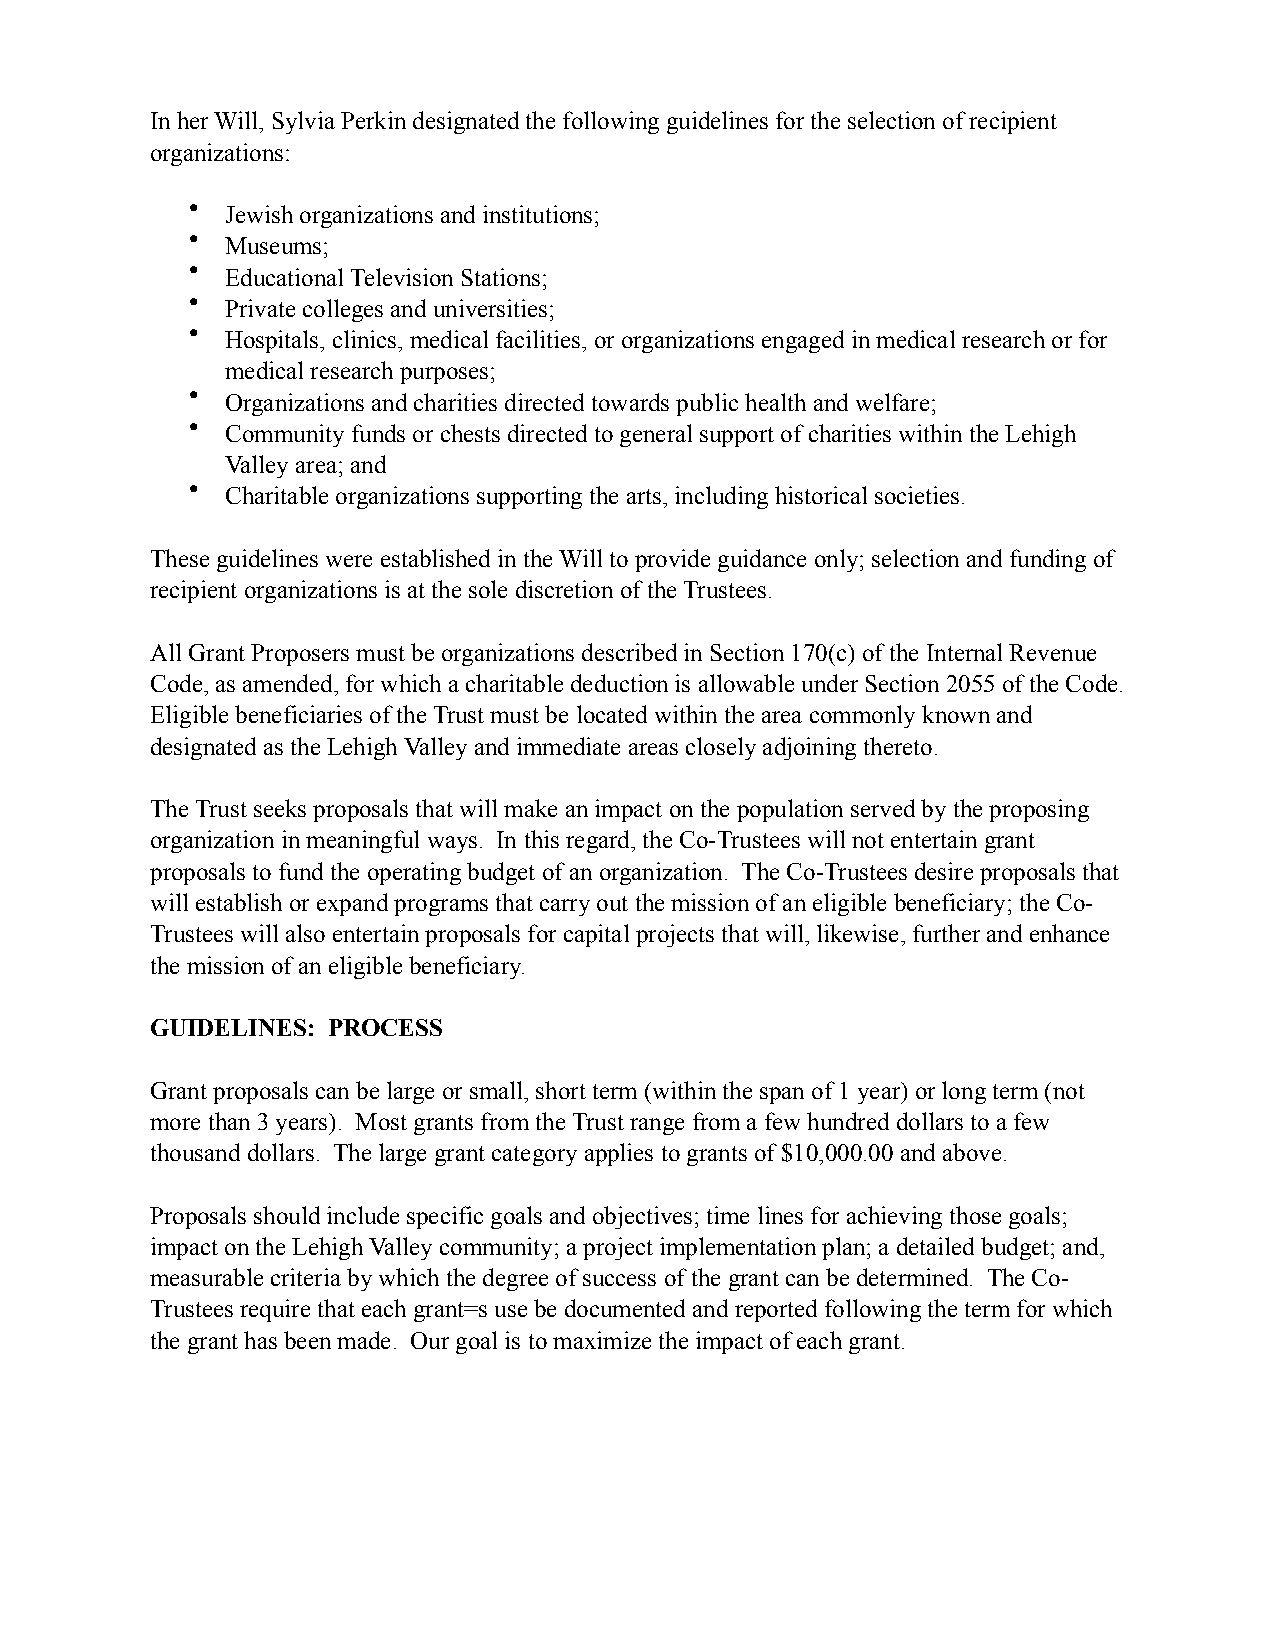
In her Will, Sylvia Perkin designated the following guidelines for the selection of recipient
 organizations:
 •  Jewish organizations and institutions;
 •  Museums;
 •  Educational Television Stations;
 •  Private colleges and universities;
 •  Hospitals, clinics, medical facilities, or organizations engaged in medical research or for
 medical research purposes;
 •  Organizations and charities directed towards public health and welfare;
 •  Community funds or chests directed to general support of charities within the Lehigh
 Valley area; and
 •  Charitable organizations supporting the arts, including historical societies.
 These guidelines were established in the Will to provide guidance only; selection and funding of
 recipient organizations is at the sole discretion of the Trustees.
 All Grant Proposers must be organizations described in Section 170(c) of the Internal Revenue
 Code, as amended, for which a charitable deduction is allowable under Section 2055 of the Code.
 Eligible beneficiaries of the Trust must be located within the area commonly known and
 designated as the Lehigh Valley and immediate areas closely adjoining thereto.
 The Trust seeks proposals that will make an impact on the population served by the proposing
 organization in meaningful ways. In this regard, the Co-Trustees will not entertain grant
 proposals to fund the operating budget of an organization. The Co-Trustees desire proposals that
 will establish or expand programs that carry out the mission of an eligible beneficiary; the Co-
 Trustees will also entertain proposals for capital projects that will, likewise, further and enhance
 the mission of an eligible beneficiary.
 GUIDELINES: PROCESS
 Grant proposals can be large or small, short term (within the span of 1 year) or long term (not
 more than 3 years). Most grants from the Trust range from a few hundred dollars to a few
 thousand dollars. The large grant category applies to grants of $10,000.00 and above.
 Proposals should include specific goals and objectives; time lines for achieving those goals;
 impact on the Lehigh Valley community; a project implementation plan; a detailed budget; and,
 measurable criteria by which the degree of success of the grant can be determined. The Co-
 Trustees require that each grant=s use be documented and reported following the term for which
 the grant has been made. Our goal is to maximize the impact of each grant.